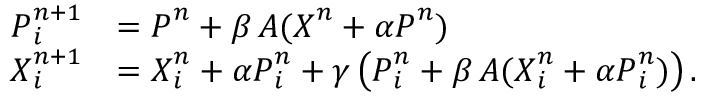
\begin{array} { r l } { \ensuremath { \boldsymbol { P } } _ { i } ^ { n + 1 } } & { = \ensuremath { \boldsymbol { P } } ^ { n } + \beta \, \ensuremath { \boldsymbol { A } } ( \ensuremath { \boldsymbol { X } } ^ { n } + \alpha \ensuremath { \boldsymbol { P } } ^ { n } ) } \\ { \ensuremath { \boldsymbol { X } } _ { i } ^ { n + 1 } } & { = \ensuremath { \boldsymbol { X } } _ { i } ^ { n } + \alpha \ensuremath { \boldsymbol { P } } _ { i } ^ { n } + \gamma \left( \ensuremath { \boldsymbol { P } } _ { i } ^ { n } + \beta \, \ensuremath { \boldsymbol { A } } ( \ensuremath { \boldsymbol { X } } _ { i } ^ { n } + \alpha \ensuremath { \boldsymbol { P } } _ { i } ^ { n } ) \right) . } \end{array}